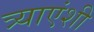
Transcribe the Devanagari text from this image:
त्र्याएंशी